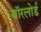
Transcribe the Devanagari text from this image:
वॉरलोर्ड